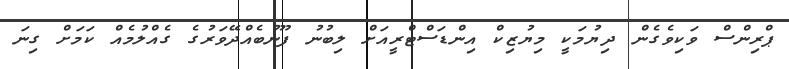
ޕްރިންސް ވަކިވެގެން ދިޔުމަކީ މިޔުޒިކް އިންޑަސްޓްރީއަށް ލިބުނު ފޫނުބެއްދޭވަރުގެ ގެއްލުމެއް ކަމަށް ގިނަ